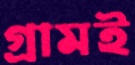
গ্রামই